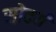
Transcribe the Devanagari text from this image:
सोदर्य